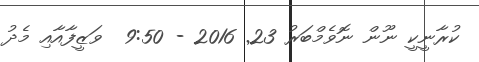
ކުރާނީކީ ނޫން ނޮވެމްބަރު 23